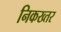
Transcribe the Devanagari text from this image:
निकख्तर